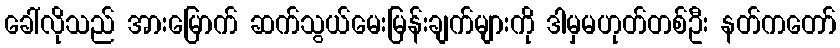
ခေါ်လိုသည် အားမြောက် ဆက်သွယ်မေးမြန်းချက်များကို ဒါမှမဟုတ်တစ်ဦး နတ်ကတော်